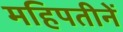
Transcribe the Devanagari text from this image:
महिपतीनें